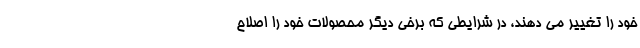
خود را تغییر می دهند، در شرایطی که برخی دیگر محصولات خود را اصلاح